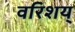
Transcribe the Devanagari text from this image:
वरिशय्